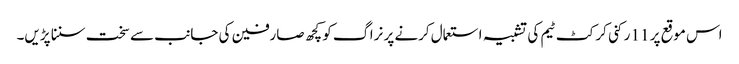
اس موقع پر 11 رکنی کرکٹ ٹیم کی تشبیہ استعمال کرنے پر نراگ کو کچھ صارفین کی جانب سے سخت سننا پڑیں۔